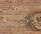
هل